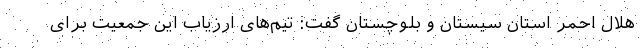
هلال احمر استان سیستان و بلوچستان گفت: تیم‌های ارزیاب این جمعیت برای